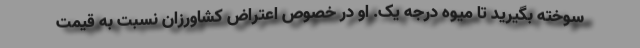
سوخته بگیرید تا میوه درجه یک. او در خصوص اعتراض کشاورزان نسبت به قیمت